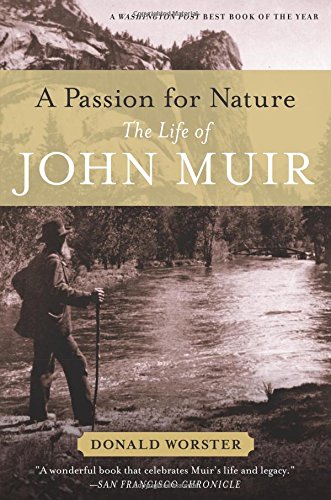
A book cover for A Passion for Nature: The Life of John Muir; Donald Worster; Biographies & Memoirs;